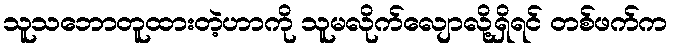
သူသဘောတူထားတဲ့ဟာကို သူမလိုက်လျောလို့ရှိရင် တစ်ဖက်က